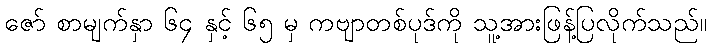
ဇော် စာမျက်နှာ ၆၄ နှင့် ၆၅ မှ ကဗျာတစ်ပုဒ်ကို သူ့အားဖြန့်ပြလိုက်သည်။